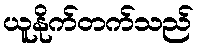
ယူနိုက်တက်သည်